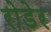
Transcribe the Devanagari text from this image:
रोडेर